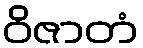
ဝိဇာတံ